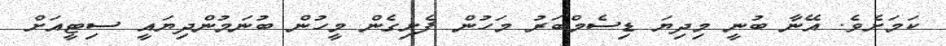
ކަމަށެވެ. އޭނާ ބުނީ މިދިޔަ ޑިސެމްބަރު މަހުން ފެށިގެން މީހުން ބުނަމުންދިޔައީ ސިޓީއަށް